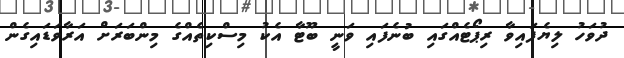
ދުވަހު ލިޔެފައިވާ ރިޕޯޓެއްގައި ބުނެފައި ވަނީ ބޫޓާ އެކު މިސްކިތެއްގެ މިންބަރަށް އަރާވަޑައިގެން